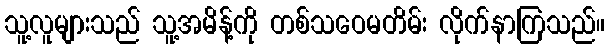
သူ့လူများသည် သူ့အမိန့်ကို တစ်သဝေမတိမ်း လိုက်နာကြသည်။